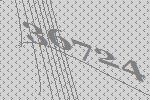
36724